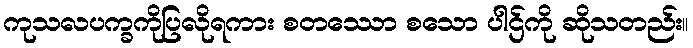
ကုသလပက္ခကိုပြလိုရကား စတဿော စသော ပါဌ်ကို ဆိုသတည်း။